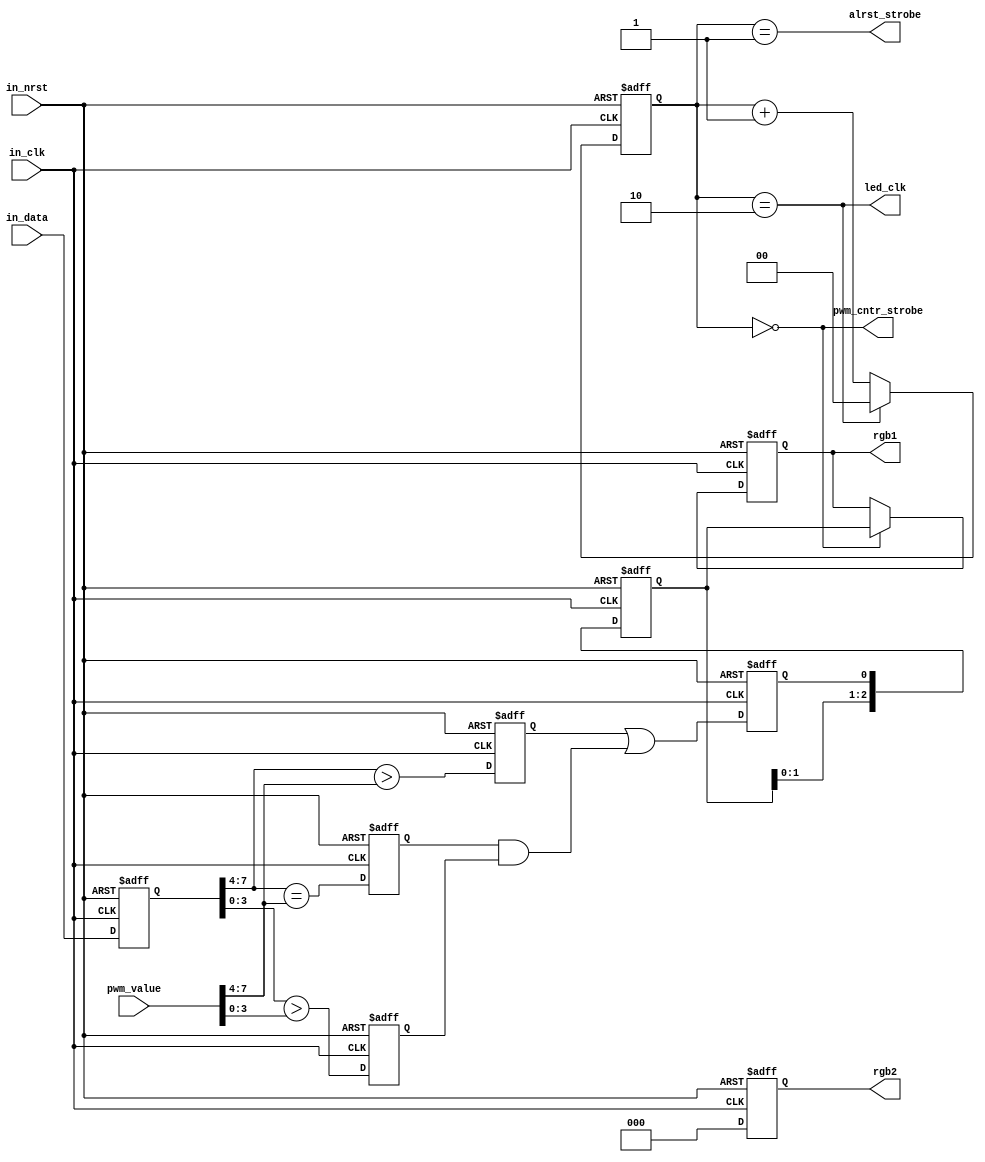
module data_rx_3bytes_1RGB(
	input wire in_clk, in_nrst,
	input wire [7:0] in_data,
	input wire [7:0] pwm_value,
	
	output wire led_clk,
	output wire pwm_cntr_strobe,
	output wire alrst_strobe,
	output reg [2:0] rgb1, rgb2
);

	reg [1:0] phase_cntr;
	wire [2:0] phase_reg;
	assign phase_reg[0] = (phase_cntr == 2'b00);
	assign phase_reg[1] = (phase_cntr == 2'b01);
	assign phase_reg[2] = (phase_cntr == 2'b10);

	assign led_clk = phase_reg[2];
	assign pwm_cntr_strobe = phase_reg[0];
	assign alrst_strobe = phase_reg[1];
	
	always @(posedge in_clk or negedge in_nrst)
		if (~in_nrst)
			phase_cntr <= 2'b00;
		else
			if (phase_cntr == 2'b10)
				phase_cntr <= 2'b00;
			else
				phase_cntr <= phase_cntr + 1;

	// in_data_buffer
	reg [7:0] in_data_buffer;
	always @(posedge in_clk or negedge in_nrst)
		if (~in_nrst)
			in_data_buffer <= 8'h00;
		else
			in_data_buffer <= in_data;
			
	reg comparator_out;

	reg tmp_high, tmp_low, tmp_eq;
	
	wire high_comp;
	assign high_comp = (in_data_buffer [7:4] > pwm_value [7:4]);
	
	wire high_eq;
	assign high_eq = (in_data_buffer [7:4] == pwm_value [7:4]);
	
	wire low_comp;
	assign low_comp = (in_data_buffer [3:0] > pwm_value [3:0]);
		
	always @(posedge in_clk or negedge in_nrst)
		if (~in_nrst)
		begin
			tmp_high <= 1'b0;
			tmp_low <= 1'b0;
			tmp_eq <= 1'b0;
			comparator_out <= 1'b0;
		end
		else
		begin
			tmp_high <= high_comp;
			tmp_low <= low_comp;
			tmp_eq <= high_eq;
	
			comparator_out <= (tmp_high | (tmp_eq & tmp_low));
		end
	
	reg [2:0] tmp_rgb;
	always @(posedge in_clk or negedge in_nrst)
		if (~in_nrst)
			tmp_rgb <= 3'b0;
		else
			tmp_rgb <= {tmp_rgb[1:0],comparator_out};

	always @(posedge in_clk or negedge in_nrst)
		if (~in_nrst)
		begin
			rgb1 <= 3'b0;
			rgb2 <= 3'b0;
		end
		else
		begin
			if (phase_reg[0])
				rgb1 <= tmp_rgb;
			rgb2 <= 3'b0;
		end
		
endmodule